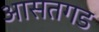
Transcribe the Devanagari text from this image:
आसतगड